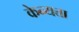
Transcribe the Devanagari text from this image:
केन्यत्ता